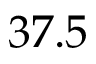
3 7 . 5